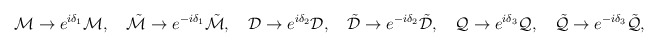
\begin{align*}{\cal M} \to e^{i \delta_{1}} {\cal M}, \quad\tilde{\cal M} \to e^{-i \delta_{1}} \tilde{\cal M}, \quad{\cal D} \to e^{i \delta_{2}} {\cal D}, \quad\tilde{\cal D} \to e^{-i \delta_{2}} \tilde{\cal D}, \quad{\cal Q} \to e^{i \delta_{3}} {\cal Q}, \quad\tilde{\cal Q} \to e^{-i \delta_{3}} \tilde{\cal Q}, \quad\end{align*}